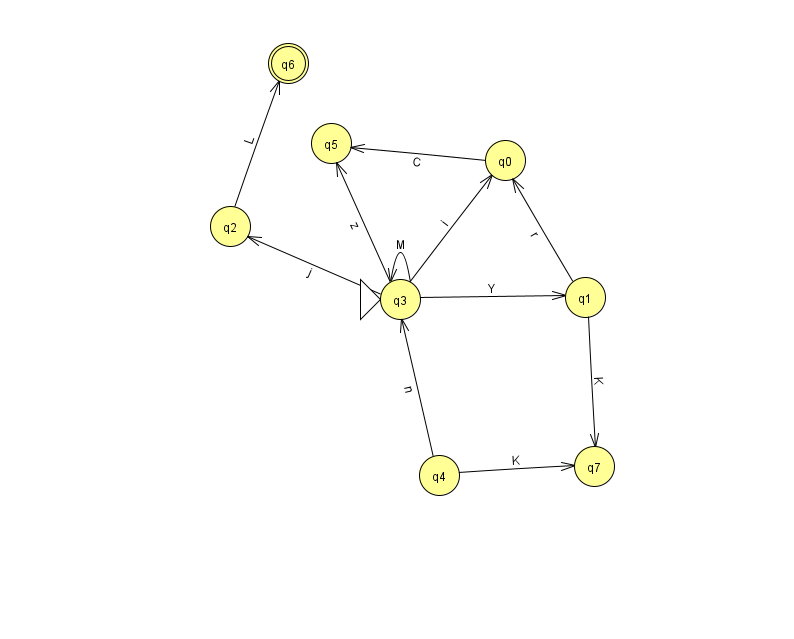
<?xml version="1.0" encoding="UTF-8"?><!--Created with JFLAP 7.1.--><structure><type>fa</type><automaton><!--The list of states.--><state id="0" name="q0"><x>505.0</x><y>147.0</y></state><state id="1" name="q1"><x>585.0</x><y>284.0</y></state><state id="2" name="q2"><x>230.0</x><y>213.0</y></state><state id="3" name="q3"><x>400.0</x><y>286.0</y><initial/></state><state id="4" name="q4"><x>439.0</x><y>462.0</y></state><state id="5" name="q5"><x>331.0</x><y>130.0</y></state><state id="6" name="q6"><x>288.0</x><y>50.0</y><final/></state><state id="7" name="q7"><x>594.0</x><y>453.0</y></state><!--The list of transitions.--><transition><from>3</from><to>0</to><read>i</read></transition><transition><from>3</from><to>1</to><read>Y</read></transition><transition><from>1</from><to>0</to><read>r</read></transition><transition><from>4</from><to>7</to><read>K</read></transition><transition><from>4</from><to>3</to><read>n</read></transition><transition><from>1</from><to>7</to><read>K</read></transition><transition><from>3</from><to>3</to><read>M</read></transition><transition><from>0</from><to>5</to><read>C</read></transition><transition><from>2</from><to>6</to><read>L</read></transition><transition><from>3</from><to>2</to><read>j</read></transition><transition><from>3</from><to>5</to><read>z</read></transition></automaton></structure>